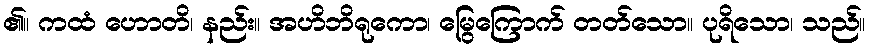
၏။ ကထံ ဟောတိ၊ နည်း။ အဟိဘိရုကော၊ မြွေကြောက် တတ်သော။ ပုရိသော၊ သည်။